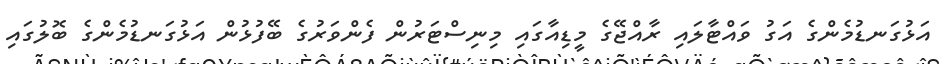
އަޅުގަނޑުމެންގެ އަގު ވައްޓާލައި ރާއްޖޭގެ މީޑިއާގައި މިނިސްޓަރުން ފެންވަރުގެ ބޭފުޅުން އަޅުގަނޑުމެންގެ ބޮލުގައި